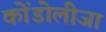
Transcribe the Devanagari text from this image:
कोंडोलीजा